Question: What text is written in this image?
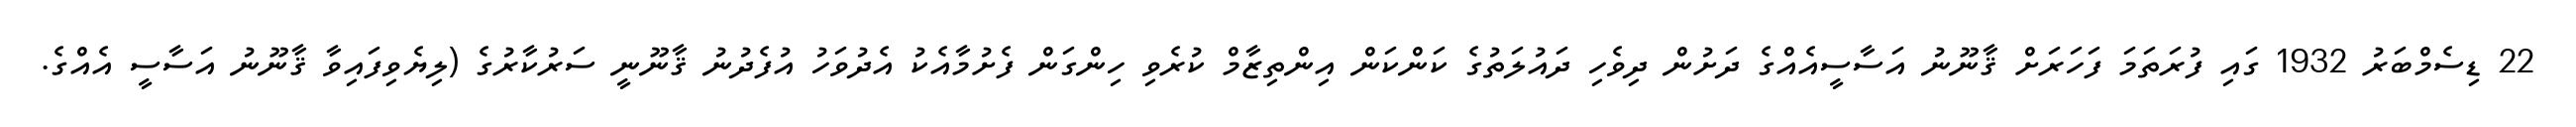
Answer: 22 ޑިސެމްބަރު 1932 ގައި ފުރަތަމަ ފަހަރަށް ޤާނޫނު އަސާސީއެއްގެ ދަށުން ދިވެހި ދައުލަތުގެ ކަންކަން އިންތިޒާމް ކުރެވި ހިންގަން ފެށުމާއެކު އެދުވަހު އުފެދުނު ޤާނޫނީ ސަރުކާރުގެ (ލިޔެވިފައިވާ ޤާނޫނު އަސާސީ އެއްގެ.